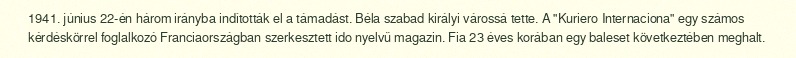
1941. június 22-én három irányba indították el a támadást. Béla szabad királyi várossá tette. A "Kuriero Internaciona" egy számos kérdéskörrel foglalkozó Franciaországban szerkesztett ido nyelvű magazin. Fia 23 éves korában egy baleset következtében meghalt.